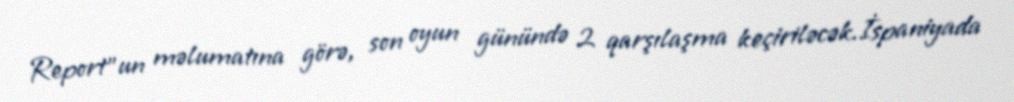
Report"un məlumatına görə, son oyun günündə 2 qarşılaşma keçiriləcək.İspaniyada